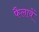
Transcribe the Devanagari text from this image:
फैलावें